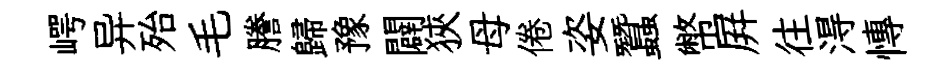
崿异殆毛謄歸豫闢狹母倦姿蠶幣屛往淂慱